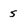
Character: 5